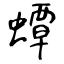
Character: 蟫